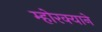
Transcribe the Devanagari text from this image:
म्होरक्याने